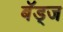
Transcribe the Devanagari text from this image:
बॅड्ज